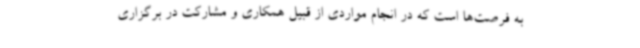
به فرصت‌ها است که در انجام مواردی از قبیل همکاری و مشارکت در برگزاری